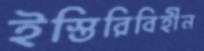
ইস্তিরিবিহীন